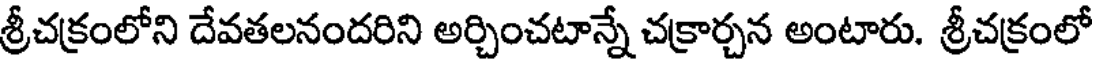
శ్రీచక్రంలోని దేవతలనందరిని అర్చించటాన్నే చక్రార్చన అంటారు. శ్రీచక్రంలో